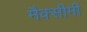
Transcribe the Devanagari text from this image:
मैक्सीमी